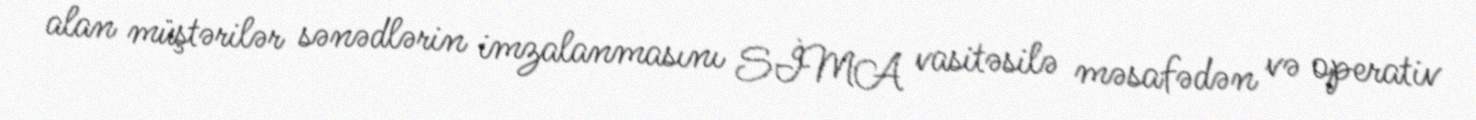
alan müştərilər sənədlərin imzalanmasını SİMA vasitəsilə məsafədən və operativ